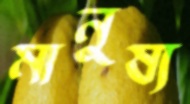
মানুষ্য